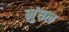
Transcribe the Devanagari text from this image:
मुंधल